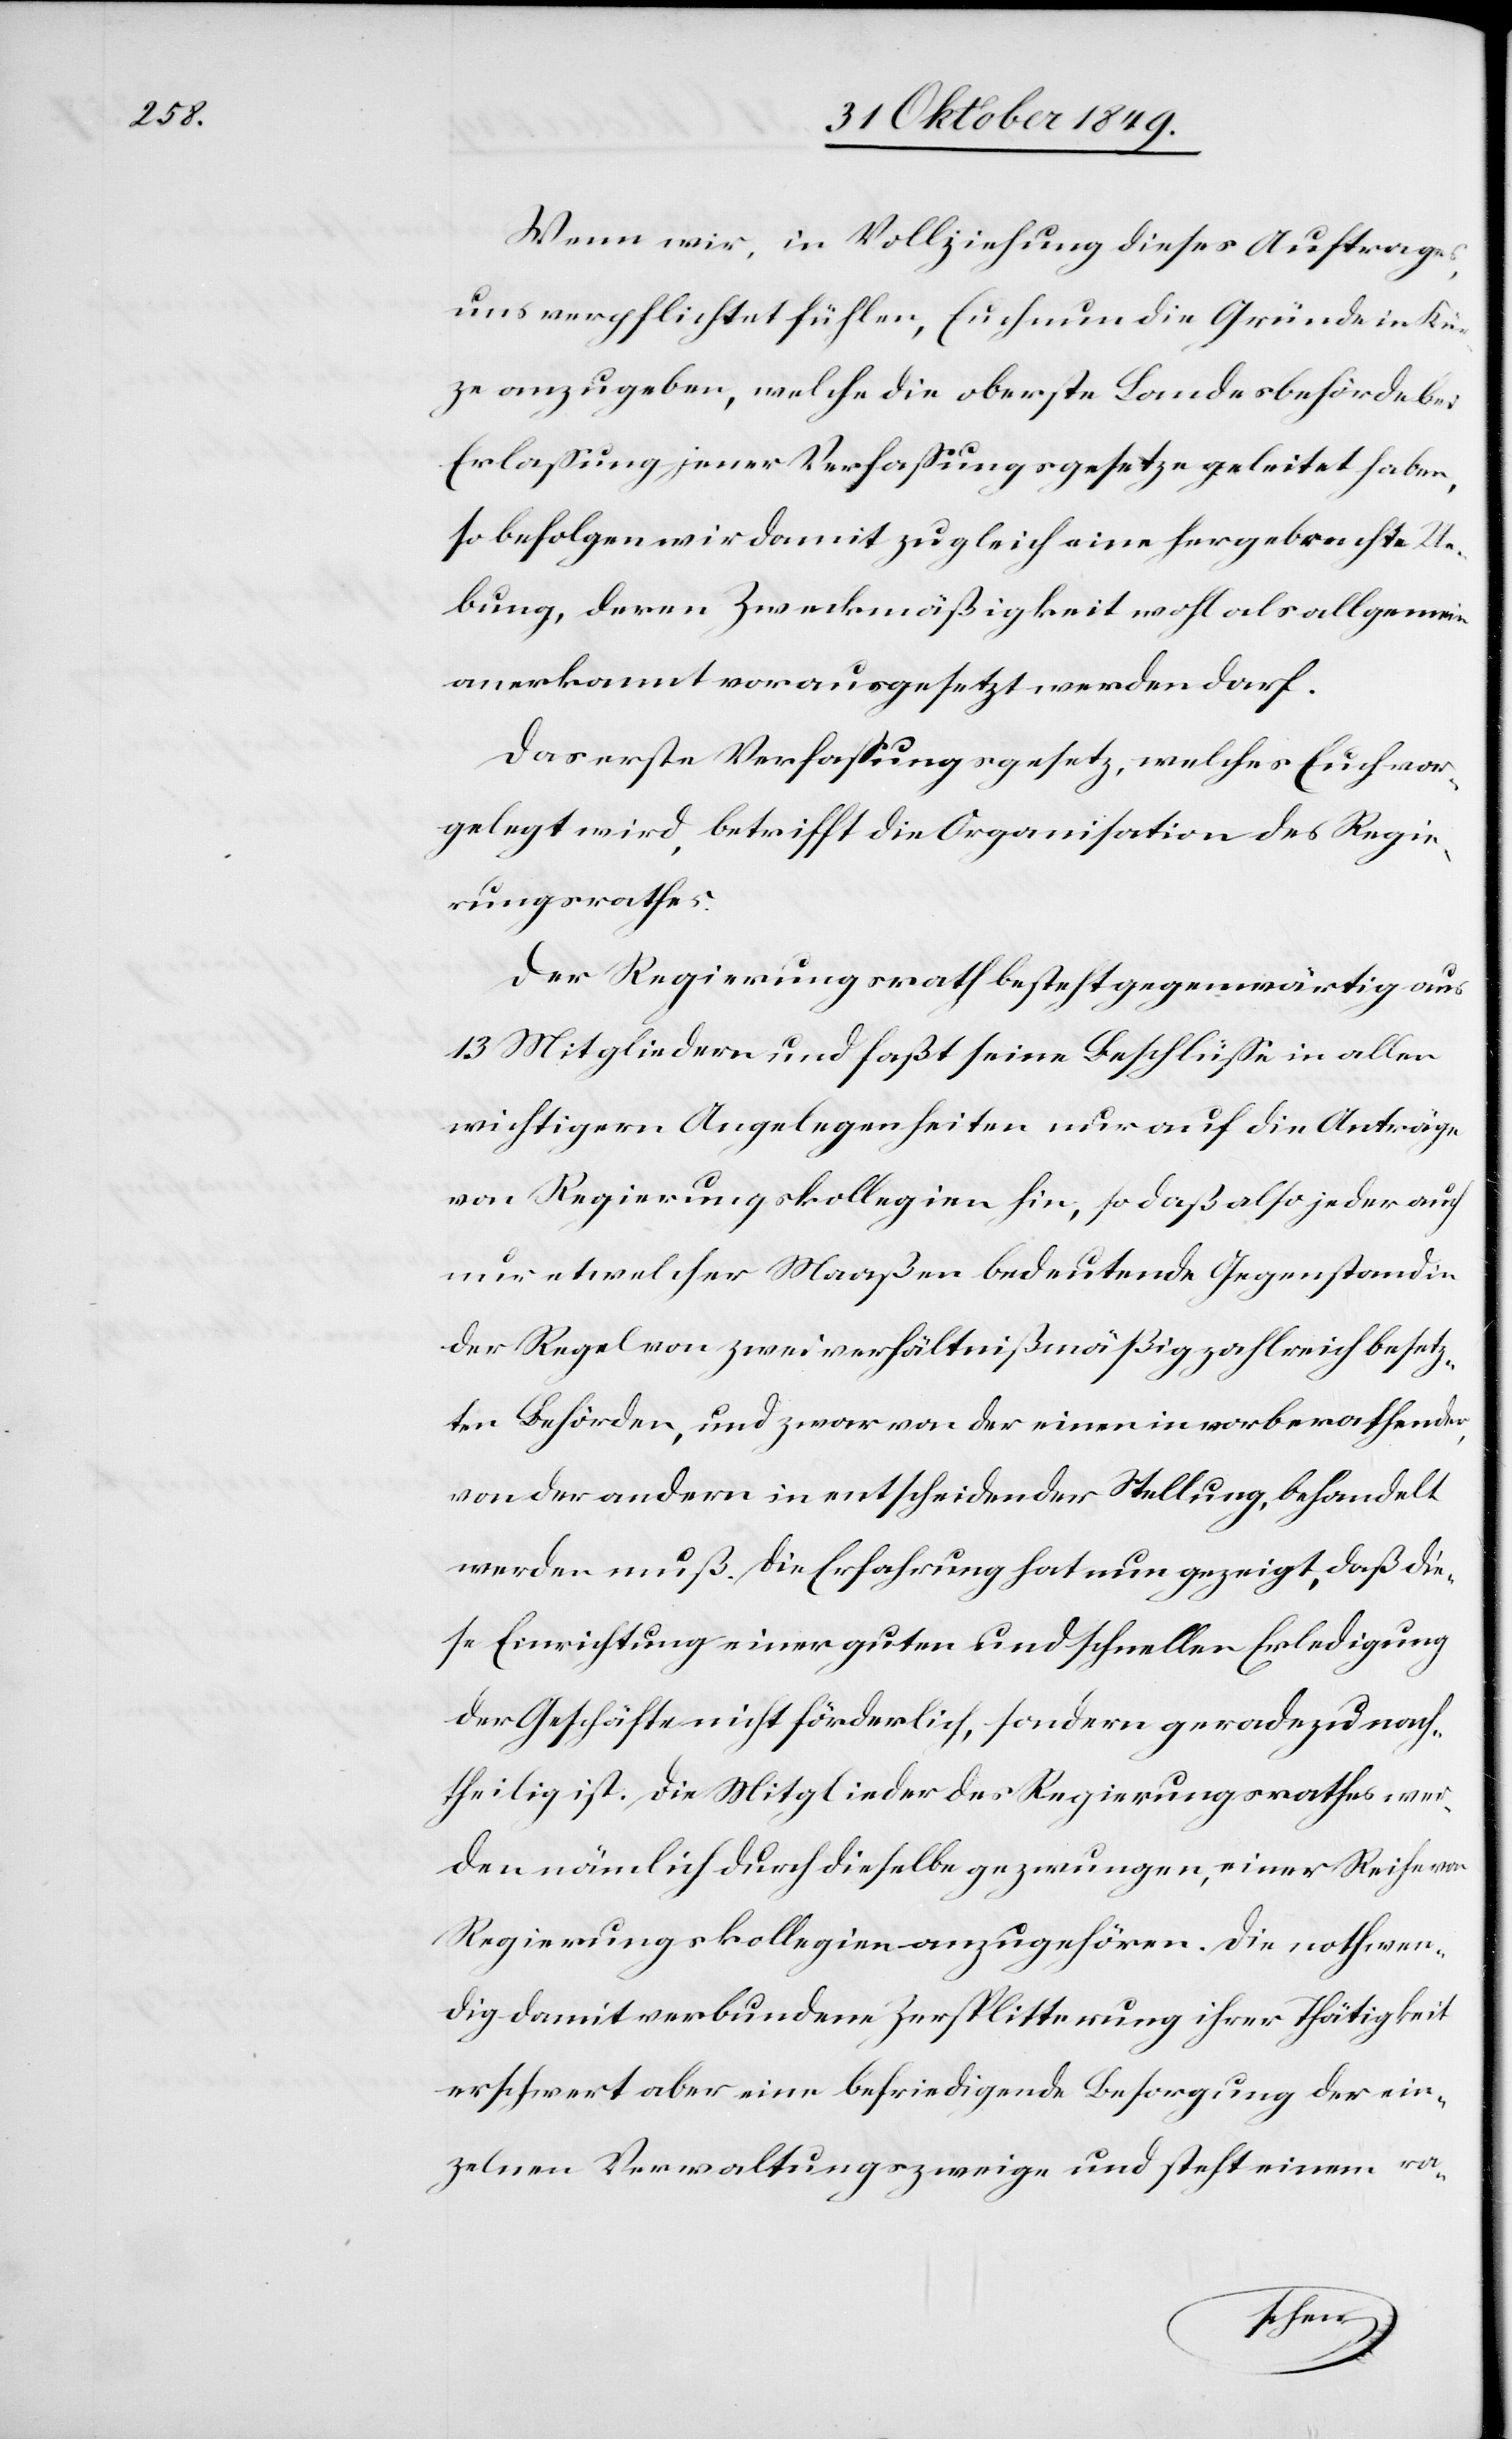
Wenn wir, in Vollziehung dieses Auftrages,
uns verpflichtet fühlen, Euch nun die Gründe in Kür¬
ze anzugeben, welche die oberste Landesbehörde bei
Erlaßung jener Verfaßungsgesetze geleitet haben,
so befolgen wir damit zugleich eine hergebrachte Ue¬
bung, deren Zweckmäßigkeit wohl als allgemein
anerkannt vorausgesetzt werden darf.
Das erste Verfaßungsgesetz, welches Euch vor¬
gelegt wird, betrifft die Organisation des Regie¬
rungsrathes.
Der Regierungsrath besteht gegenwärtig aus
13 Mitgliedern und faßt seine Beschlüße in allen
wichtigen Angelegenheiten nur auf die Anträge
von Regierungskollegien hin, so daß also jeder auch
nur etwelcher Maaßen bedeutende Gegenstand in
der Regel von zwei verhältnißmäßig zahlreich besetz¬
ten Behörden, und zwar von der einen in vorberathender,
von der andern in entscheidender Stellung, behandelt
werden muß. Die Erfahrung hat nun gezeigt, daß die¬
se Einrichtung einer guten und schnellen Erledigung
der Geschäfte nicht förderlich, sondern geradezu nach¬
theilig ist. Die Mitglieder des Regierungsrathes wer¬
den nämlich durch dieselbe gezwungen, einer Reihe von
Regierungskollegien anzugehören. Die nothwen¬
dig damit verbundene Zersplitterung ihrer Thätigkeit
erschwert aber eine befriedigende Besorgung der ein¬
zelnen Verwaltungszweige und steht in einem ra-